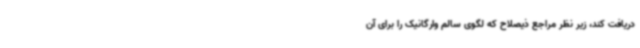
دریافت کند، زیر نظر مراجع ذیصلاح که لگوی سالم وارگانیک را برای آن